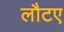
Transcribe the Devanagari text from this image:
लौटए